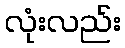
လုံးလည်း